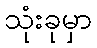
သုံးခုမှာ